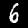
Label: 6